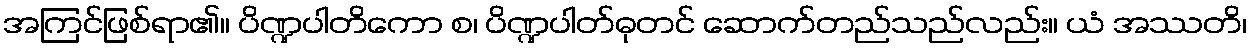
အကြင်ဖြစ်ရာ၏။ ပိဏ္ဍပါတိကော စ၊ ပိဏ္ဍပါတ်ဓုတင် ဆောက်တည်သည်လည်း။ ယံ အဿတိ၊